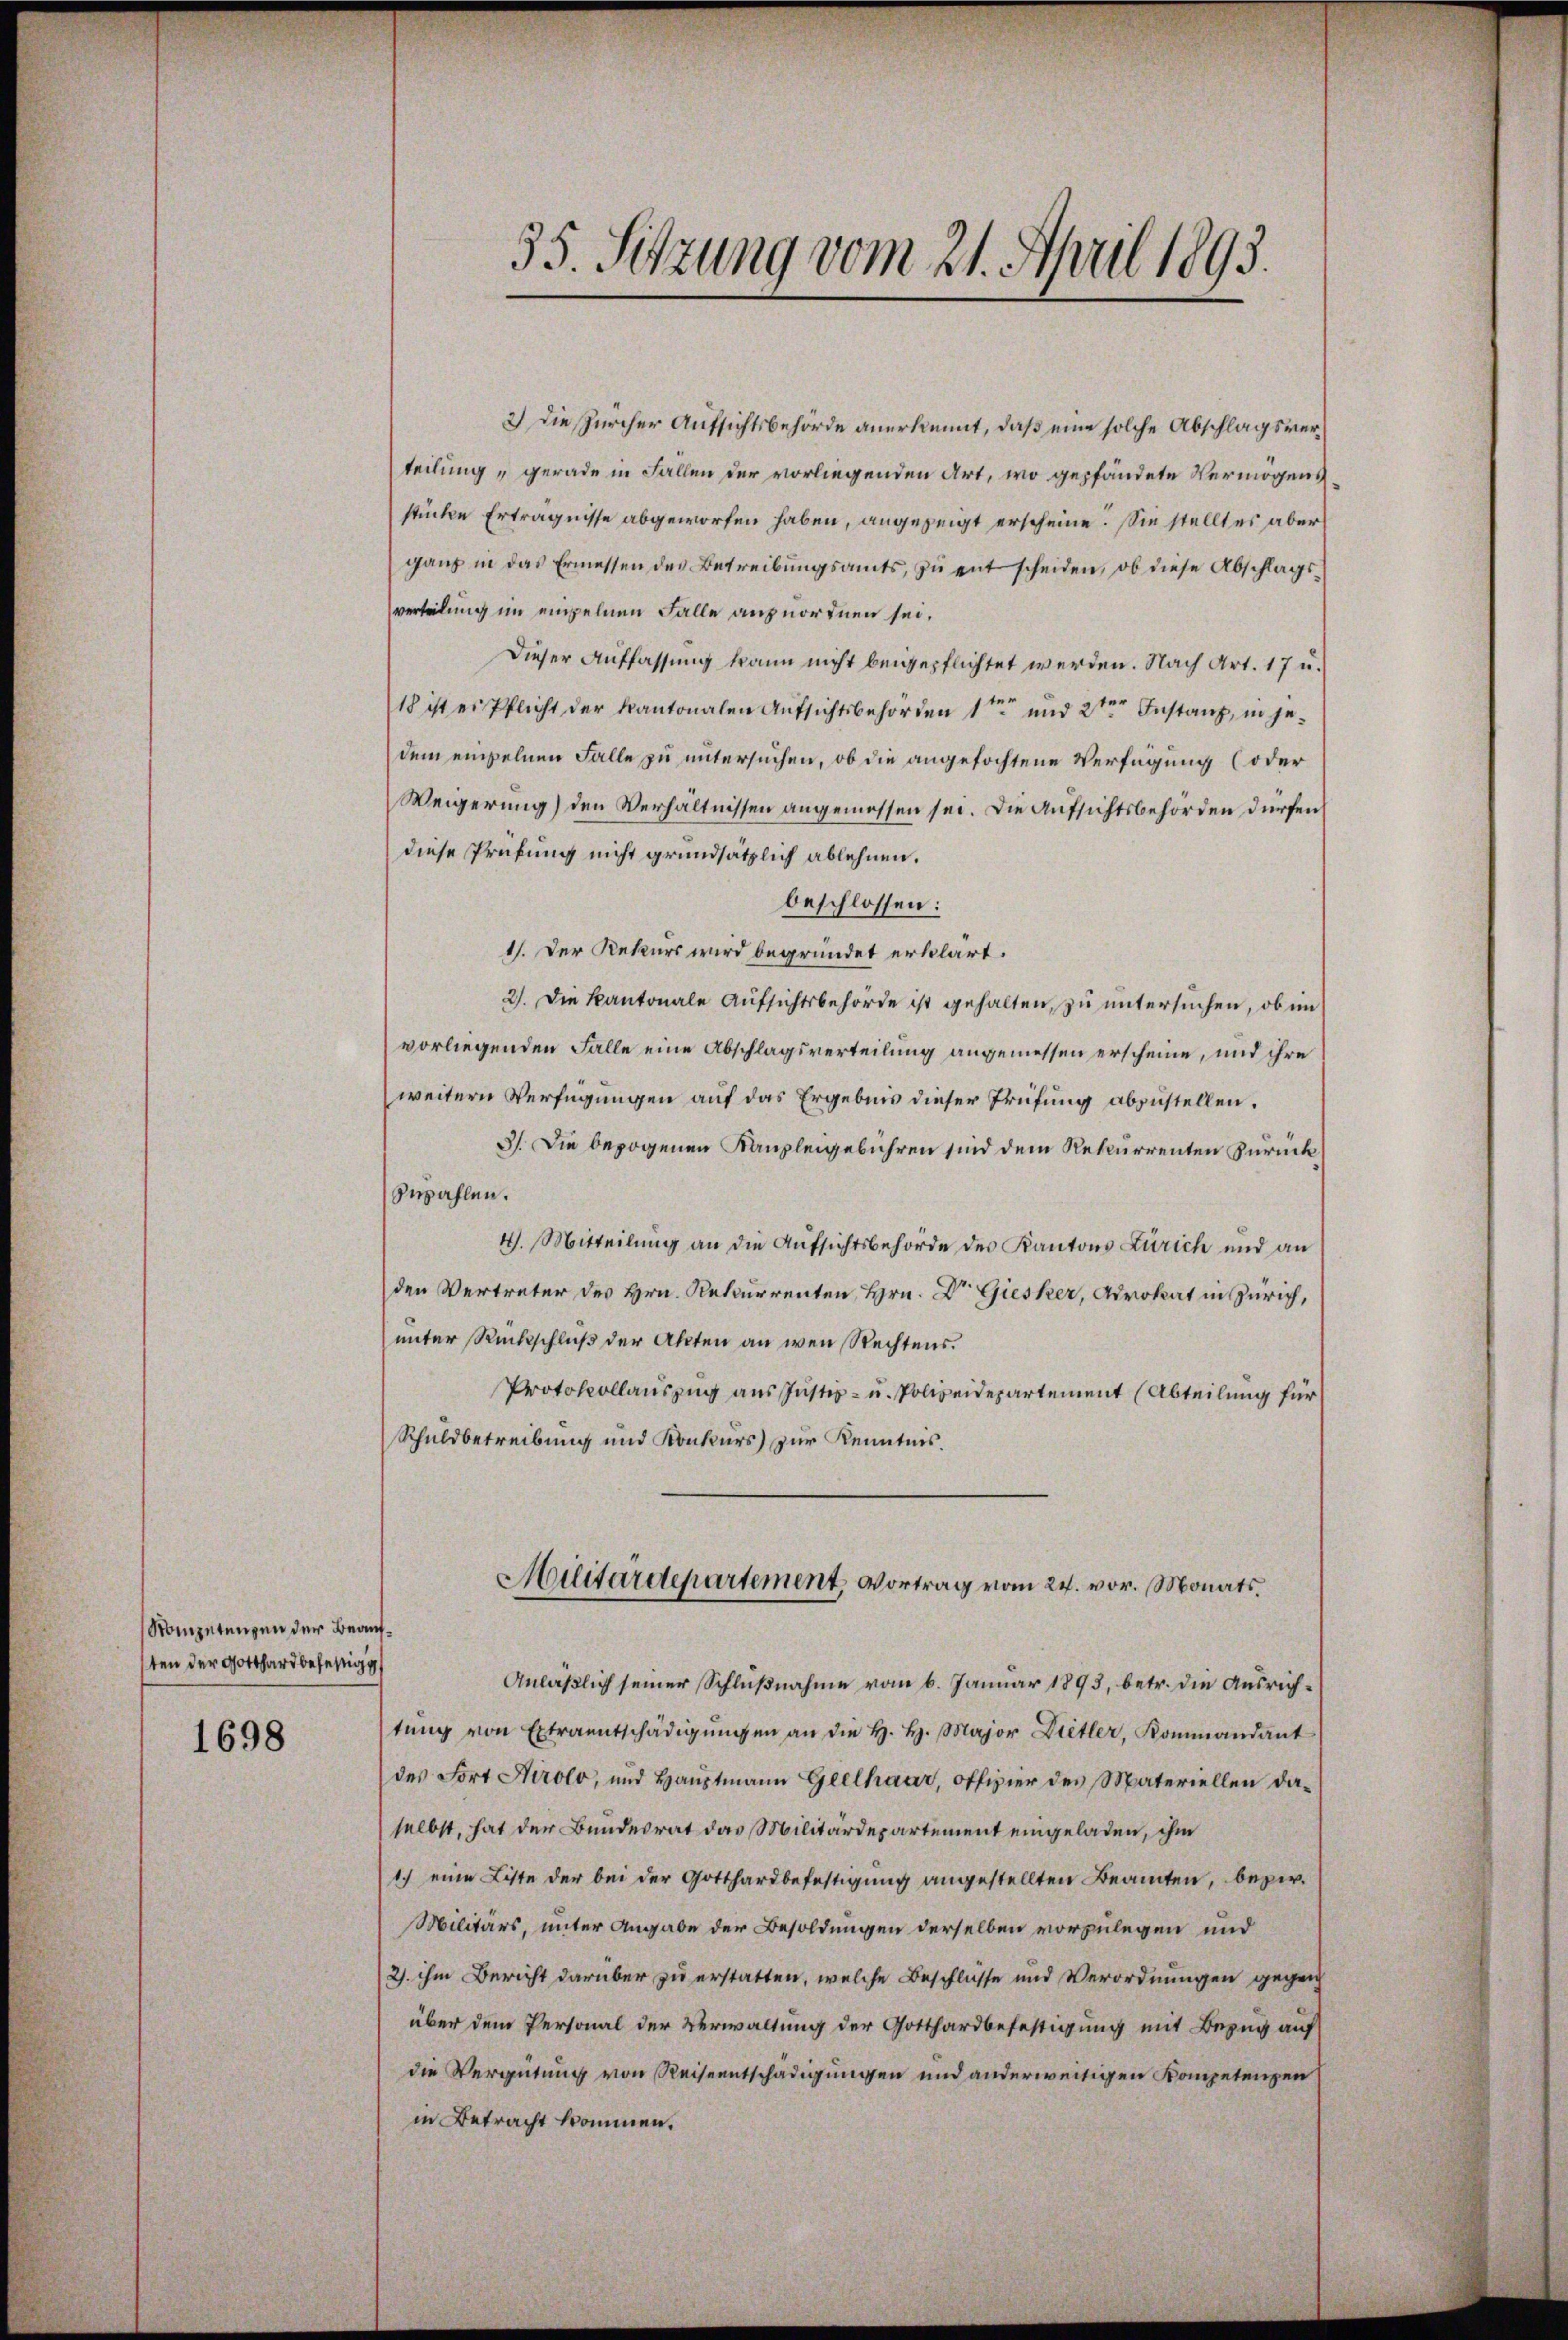
Sompetenzen der Beaufsten der Gotthard befestigg

1698

35. Sitzung vom 21. April 1893.

2) Die Zürcher Aufsichtsbehörde anerkennt, daß eine solche Abschlagsverteilung gerade in Fallen der vorliegenden Art, wo gepfändete Vermögensstücke Erträgnisse abgeworfen haben, angezeigt erscheine. Sie stellt es aber
ganz in das Ermessen des Betreibungsamts, zu entscheiden, ob diese Abschlagsverteilung im einzelnen Falle anzuordnen sei.
Dieser Auffassung kann nicht beigepflichtet werden. Nach Art. 17 u.
18 ist er Pflicht der Kantonalen Aufsichtsbehörden 1ten und 2ten Anstanz, in jedem einzelnen Falle zu untersuchen, ob die angefochtene Verfügung (oder
Weigerung) den Verhältnissen angemessen sei. Die Aufsichtsbehörden dürfen
diese Prüfung nicht grundsätzlich ablehnen.
beschlossen:
1). Der Rekurs wird begründet erklärt.
2). Die Kantonale Aufsichtsbehörde ist gehalten, zu untersuchen, ob im
vorliegenden Falle eine Abschlagsverteilung angemessen erscheine, und ihre
weitern Verfügungen auf das Ergebnis dieser Prüfung abzustellen.
3). Die bezogenen Kanzleigebühren sind dem Rekurrenten Zurück
zuzahlen.
4. Mitteilung an die Aufsichtsbehörde des Kantons Zürich und an
den Vertreter des Hrn. Rekurrenten, Hrn. Dr Giesker, Advokat in Zürich,
unter Rückschluß der Akten an wen Rechtens.
Protokollauszug aus Justiz- u. Polizeidepartement (Abteilung für
Schuldbetreibung und Konkurs) zur Kenntnis.
Militärdepartement, Vortrag vom 24. vor. Monats
Anläßlich seiner Schlußnahme vom 6. Januar 1893, betr. die Ausrichtŭng von Extraentschädigŭngen an die H. H. Major Dietler, Kommandant
des Fort Airolo, und Haŭptmann Geelhaar, offizier des Materiellen da-
selbst, hat der Bundesrat das Militärdepartement eingeladen, ihm
1.) eine Liste der bei der Gotthardbefestigung angestellten Beamten, bezir¬
Militärs, unter Angabe der Besoldungen derselben vorzulegen und
2). ihm Bericht darüber zu erstatten, welche Beschlusse und Verordnungen gegen
über dem Personal der Verwaltung der Gotthardbefestigung mit Bezug auf
die Vergütung von Reiseentschädigungen und anderweitigen Kompetenzen
in Betracht kommen.